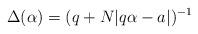
LaTeX: \begin{align*} \Delta(\alpha)=(q+N|q\alpha-a|)^{-1}\end{align*}